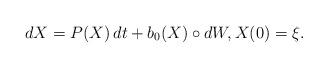
LaTeX: \begin{align*} dX=P(X)\, dt+ b_0(X)\circ dW,X(0)=\xi.\end{align*}